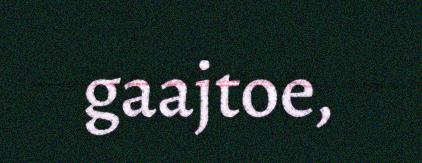
gaajtoe,